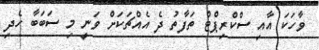
ވާހަކަ އާއި ސްކްރިޕްޓް ތަފާތު ދެ އެއްޗަކަށް ވަނީ މި ސަބަބާ ހެދި